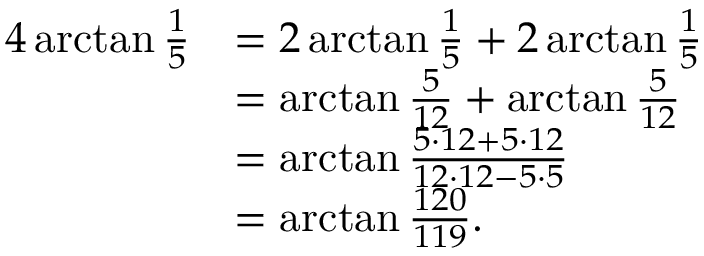
{ \begin{array} { r l } { 4 \arctan { \frac { 1 } { 5 } } } & { = 2 \arctan { \frac { 1 } { 5 } } + 2 \arctan { \frac { 1 } { 5 } } } \\ & { = \arctan { \frac { 5 } { 1 2 } } + \arctan { \frac { 5 } { 1 2 } } } \\ & { = \arctan { \frac { 5 \cdot 1 2 + 5 \cdot 1 2 } { 1 2 \cdot 1 2 - 5 \cdot 5 } } } \\ & { = \arctan { \frac { 1 2 0 } { 1 1 9 } } . } \end{array} }